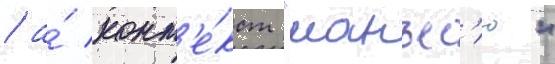
/ а́ конт'е́кст "манъес'ю"